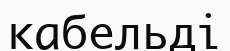
кабельді